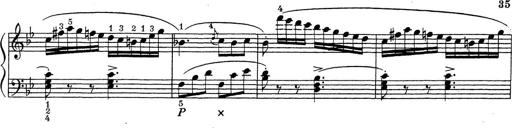
Title: ÄŒeskÃ© Sonatiny
Composer: Various